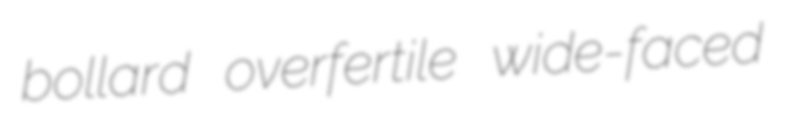
bollard overfertile wide-faced